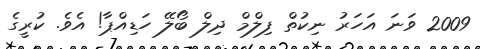
2009 ވަނަ އަހަރު ނިކުތް ފިލްމް ދިލް ބޯލޭ ހަޑިއްޕާ! އެވެ. ކުރީގެ